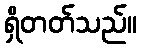
ရှိတတ်သည်။